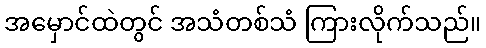
အမှောင်ထဲတွင် အသံတစ်သံ ကြားလိုက်သည်။